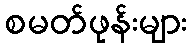
စမတ်ဖုန်းများ